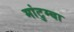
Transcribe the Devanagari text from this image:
मांटुम्बा